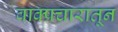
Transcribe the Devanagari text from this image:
वाक्प्रचारातून